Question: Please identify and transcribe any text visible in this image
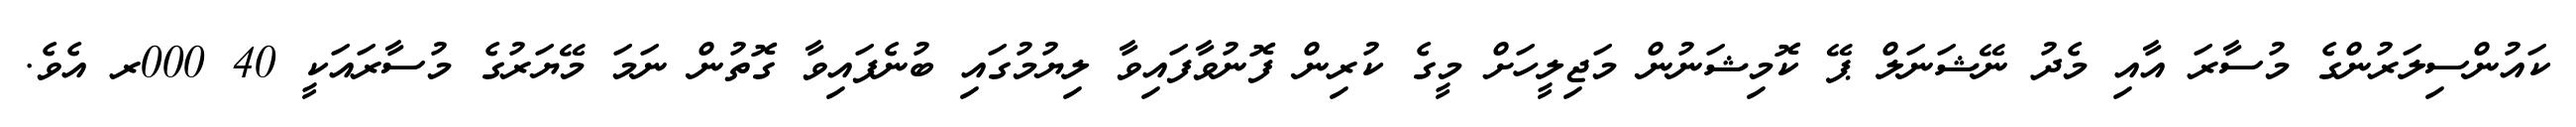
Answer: ކައުންސިލަރުންގެ މުސާރަ އާއި މެދު ނޭޝަނަލް ޕޭ ކޮމިޝަނުން މަޖިލީހަށް މީގެ ކުރިން ފޮނުވާފައިވާ ލިޔުމުގައި ބުނެފައިވާ ގޮތުން ނަމަ މޭޔަރުގެ މުސާރައަކީ 40 000ރ އެވެ.